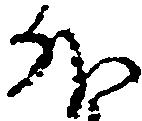
外